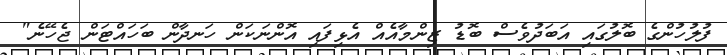
ފުލުހުންގެ ބޮލުގައި އަބަދުވެސް ބޮޑު ޒިންމާއެއް އެޅިފައި އޮންނަކަން ހަނދާން ބަހައްޓަން ޖެހޭނެ"